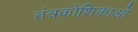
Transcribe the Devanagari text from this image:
तंत्रकोशिकाओं